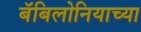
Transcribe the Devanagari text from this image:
बॅबिलोनियाच्या